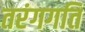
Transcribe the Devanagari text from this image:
तरंगगति